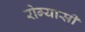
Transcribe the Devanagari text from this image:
रोग्यासी